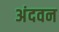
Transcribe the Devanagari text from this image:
अंदवन